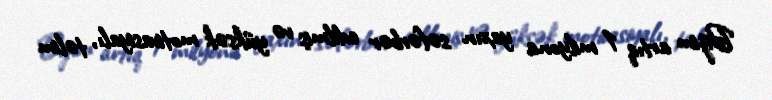
Bizim artıq 1 milyona yaxın səfərbər edilmiş və yüksək motivasiyalı, təlim